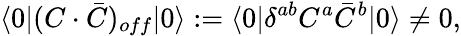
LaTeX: \langle 0|(C\cdot\bar{C})_{off}|0\rangle:=\langle 0|\delta^{ab}C^{a}\bar{C}^{b}|0\rangle\not=0,